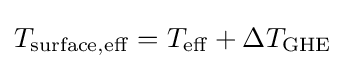
T_{\mathrm {surface,eff} }=T_{\mathrm {eff} }+\Delta T_{\mathrm {GHE} }\;